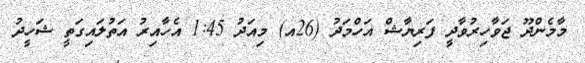
މާމެންދޫ ޖަވާހިރުވާދީ ފަރިޔާޝް އަހްމަދު (26އ) މިއަދު 1:45 އެހާއިރު އަތުލައިގަތީ ޝަހީދު